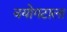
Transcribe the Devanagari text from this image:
वयोगटाला